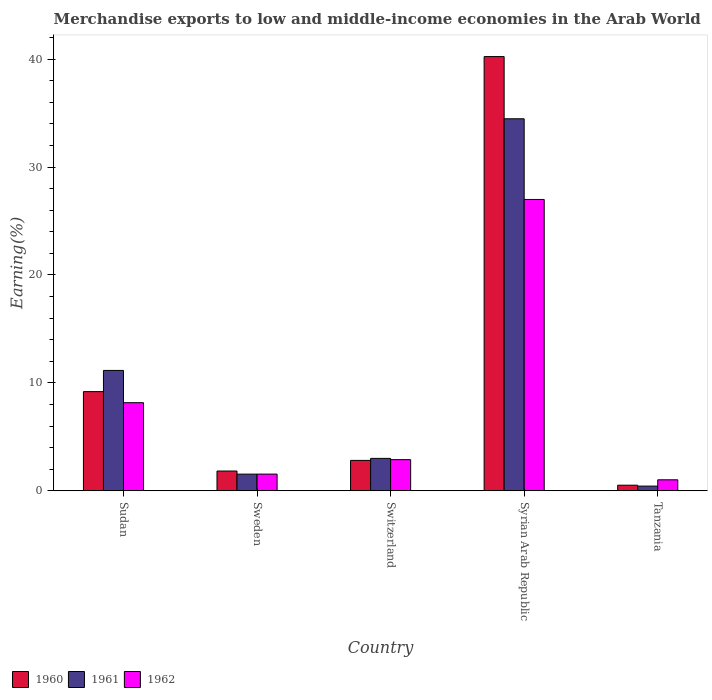
| Country | 1960 | 1961 | 1962 |
 | --- | --- | --- | --- |
 | Sudan | 9.19 | 11.2 | 8.16 |
 | Sweden | 1.83 | 1.54 | 1.55 |
 | Switzerland | 2.82 | 3 | 2.89 |
 | Syrian Arab Republic | 40.2 | 34.5 | 27 |
 | Tanzania | 0.519 | 0.434 | 1.02 |